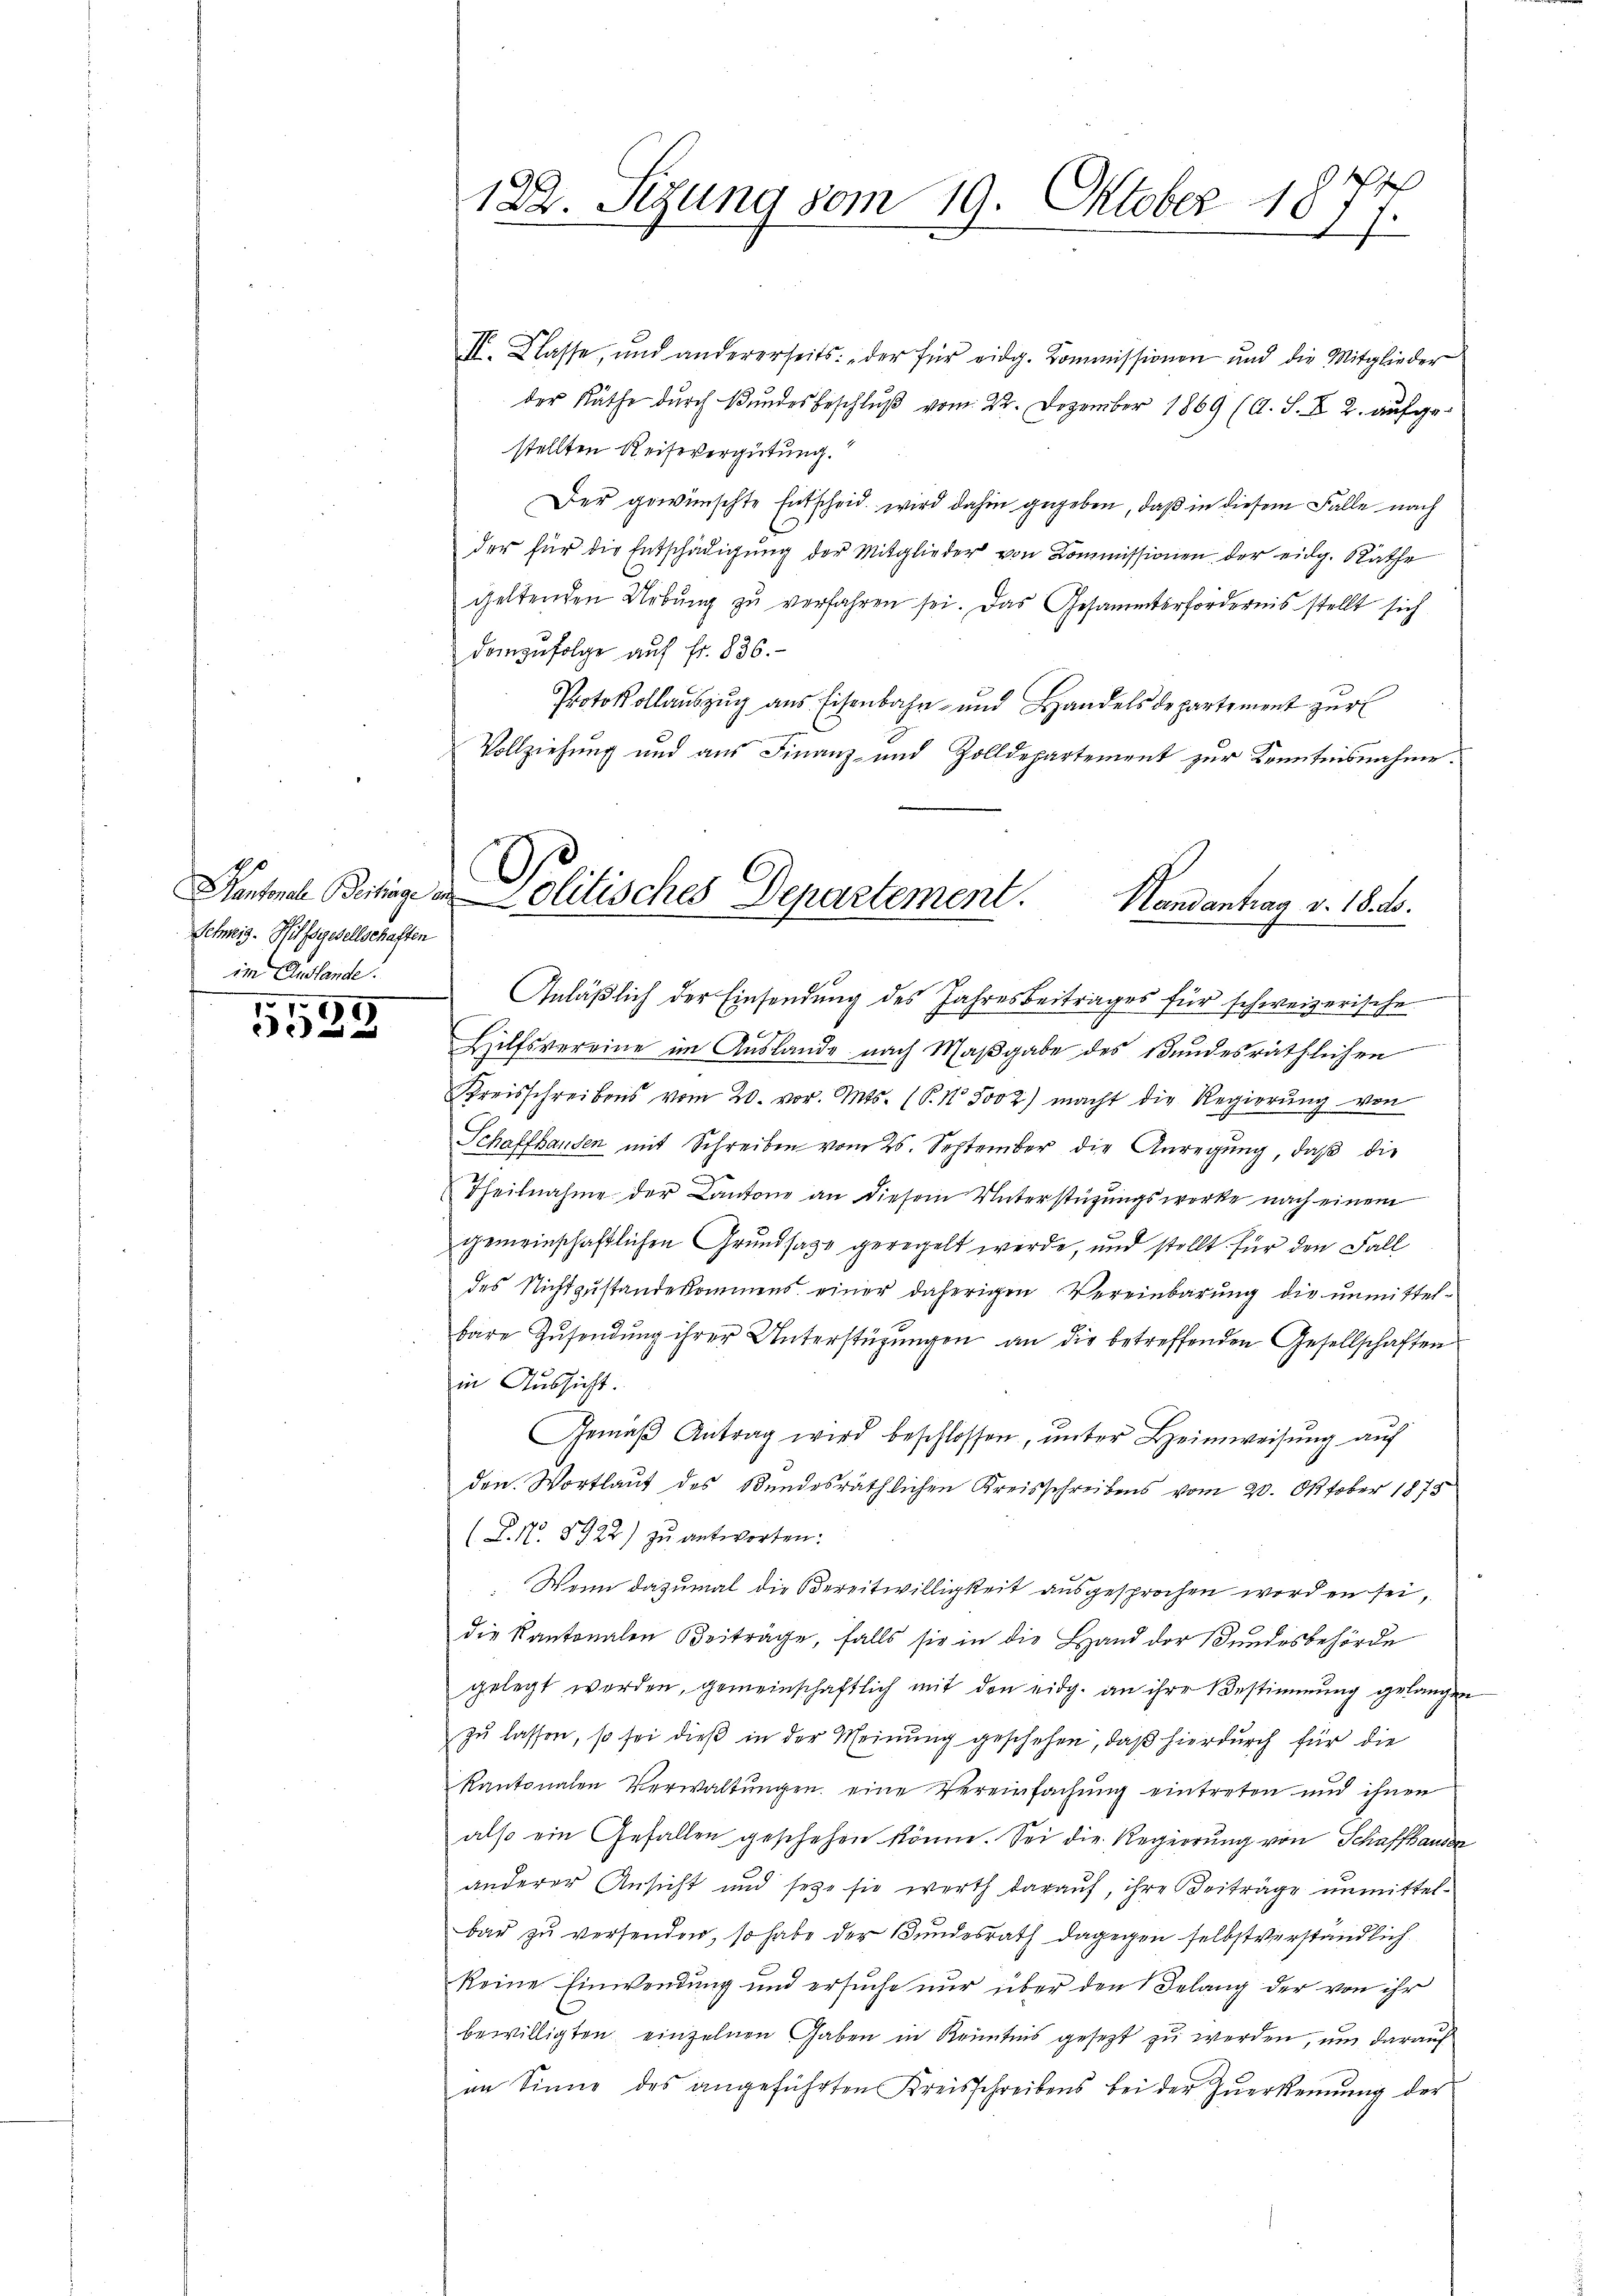
Schweiz. Hilfsgesellschaften
im Auslande.

199

d
122. Segung vom 19. Oktober 18
h

II. Klasse, und andererseits: „der für eidg. Kommissionen und die Mitglieder
der Räthe durch Bŭndesbeschlŭβ vom 22. Dezember 1869 (A. S. X 2. aufgestellten Reisevergütung.
Der gewünschte Entscheid wird dahin gegeben, daß in diesem Falle nach
der für die Entschädigung der Mitglieder von Kommissionen der eidg. Räthe
geltenden Uebung zu verfahren sei. Das Gesammterfordernis stellt sich
demzufolge auf Fr. 836.
Protokollauszug aus Eisenbahn- und Handels departement zŭr
Vollziehung und aus Finanz- und Zolldepartement zur Kenntnisnahme.
Anläßlich der Einsendung des Jahresbeitrages für schweizerische
Hilfsvereine im Auslande nach Maβgabe des Bundesräthlichen
Kreisschreibens vom 20. vor. Mts. (S. 1 5002) macht die Regierŭng von
Schaffhausen mit Schreiben vom 25. September die Anregŭng, daβ die
e
Theilnahme der Cantone an diesem Unterstützungswerke nach einem
gemeinschaftlichen Grundsage geregelt werde, und stellt für den Fall
des Nichtzustandekommens einer daherigen Vereinbarung die unmittelbare Zŭsendŭng ihrer Unterstützŭngen an die betreffenden Gesellschaften
in Aussicht.
Gemäβ Antrag wird beschlossen, ŭnter Heimweisung auf
den Wortlaut des Bundesräthlichen Kreisschreibens vom 20. Oktober 1875
(L. N. 8922) zu antworten:
: Wenn dazumal die Bereitwilligkeit ausgesprochen worden sei,
die Kantonalen Beiträge, falls sie in die Land der Stundesbehörde
gelegt werden, gemeinschaftlich mit den eidg. an ihre Bestimmung gelangen
zu lassen, so sei dieß in der Meinung geschehen, daß hierdurch für die
kantonalen Verwaltŭngen eine Vereinfachung eintreten und ihnen
also ein Gefallen geschehen könne. Sei die Regierung von Schaffhausen
anderer Ansicht und seye sie werth darauf, ihre Beiträge unmittelbar zu versenden, so habe der Bundesrath dagegen selbstverständlich
keine Einwendung und ersuche nur über den Belang der von ihr
bewilligten einzelnen Gaben in Kenntnis gesezt zu werden, um darauf
an Sinne des angeführten Kreisschreibens bei der Zŭerkennung der

Rantonen Beitrage in Politisches Departement.
Handantrag v. 18. ds.